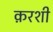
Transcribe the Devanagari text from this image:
क़रशी